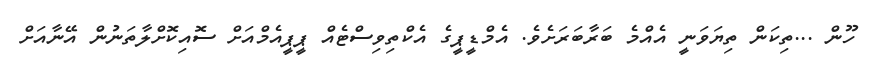
ހޫން ...ތިކަން ތިޔަވަނީ އެއްމެ ބަރާބަރަށެވެ. އެމްޑީޕީގެ އެކްތިވިސްޓެއް ޕީޕީއެމްއަށް ސޮއިކޮށްލާތަނުން އޭނާއަށް